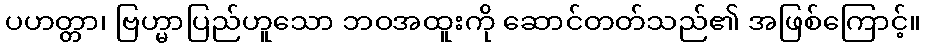
ပဟတ္တာ၊ ဗြဟ္မာပြည်ဟူသော ဘဝအထူးကို ဆောင်တတ်သည်၏ အဖြစ်ကြောင့်။